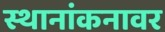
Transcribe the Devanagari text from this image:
स्थानांकनावर